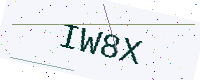
Text: IW8X